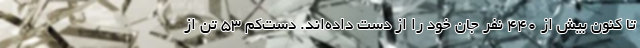
تا کنون بیش از ۴۴۰ نفر جان خود را از دست داده‌اند. دست‌کم ۵۳ تن از